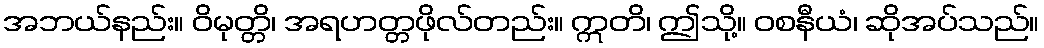
အဘယ်နည်း။ ဝိမုတ္တိ၊ အရဟတ္တဖိုလ်တည်း။ ဣတိ၊ ဤသို့။ ဝစနီယံ၊ ဆိုအပ်သည်။